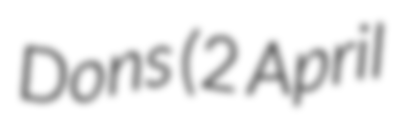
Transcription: Dons (2 April